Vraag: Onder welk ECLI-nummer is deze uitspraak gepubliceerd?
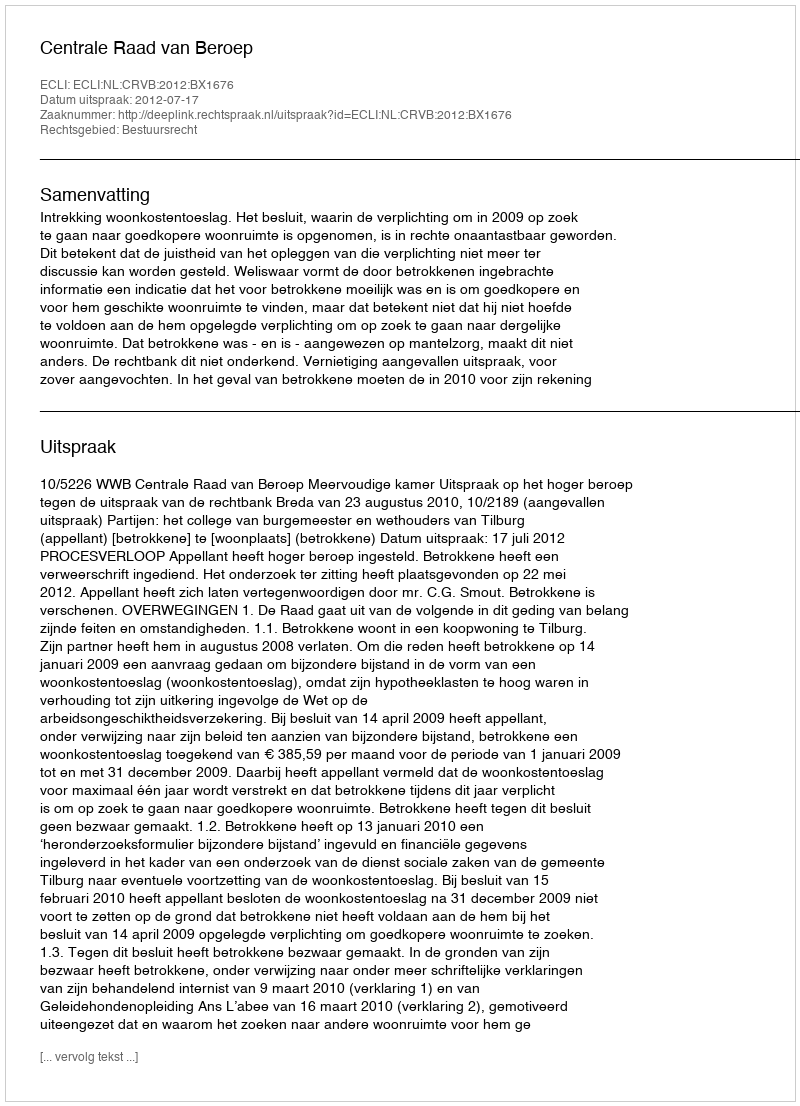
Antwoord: ECLI:NL:CRVB:2012:BX1676